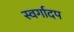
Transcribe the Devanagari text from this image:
स्वर्गादप